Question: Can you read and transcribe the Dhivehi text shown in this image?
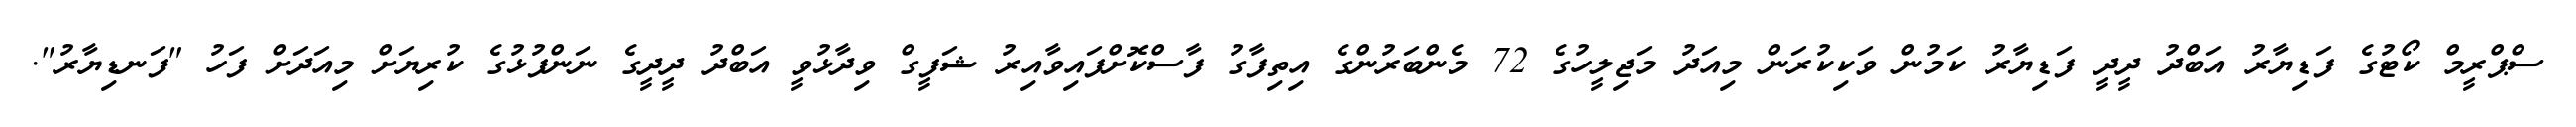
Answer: ސްޕްރީމް ކޯޓުގެ ފަޑިޔާރު އަބްދު ދީދީ ފަޑިޔާރު ކަމުން ވަކިކުރަން މިއަދު މަޖިލީހުގެ 72 މެންބަރުންގެ އިތިފާގު ފާސްކޮށްފައިވާއިރު ޝަފީގް ވިދާޅުވީ އަބްދު ދީދީގެ ނަންފުޅުގެ ކުރިޔަށް މިއަދަށް ފަހު "ފަނޑިޔާރު".